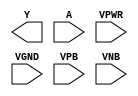
/**
 * Copyright 2020 The SkyWater PDK Authors
 *
 * Licensed under the Apache License, Version 2.0 (the "License");
 * you may not use this file except in compliance with the License.
 * You may obtain a copy of the License at
 *
 *     https://www.apache.org/licenses/LICENSE-2.0
 *
 * Unless required by applicable law or agreed to in writing, software
 * distributed under the License is distributed on an "AS IS" BASIS,
 * WITHOUT WARRANTIES OR CONDITIONS OF ANY KIND, either express or implied.
 * See the License for the specific language governing permissions and
 * limitations under the License.
 *
 * SPDX-License-Identifier: Apache-2.0
 */

`ifndef SKY130_FD_SC_LS__CLKDLYINV5SD2_PP_BLACKBOX_V
`define SKY130_FD_SC_LS__CLKDLYINV5SD2_PP_BLACKBOX_V

/**
 * clkdlyinv5sd2: Clock Delay Inverter 5-stage 0.25um length inner
 *                stage gate.
 *
 * Verilog stub definition (black box with power pins).
 *
 * WARNING: This file is autogenerated, do not modify directly!
 */

`timescale 1ns / 1ps
`default_nettype none

(* blackbox *)
module sky130_fd_sc_ls__clkdlyinv5sd2 (
    Y   ,
    A   ,
    VPWR,
    VGND,
    VPB ,
    VNB
);

    output Y   ;
    input  A   ;
    input  VPWR;
    input  VGND;
    input  VPB ;
    input  VNB ;
endmodule

`default_nettype wire
`endif  // SKY130_FD_SC_LS__CLKDLYINV5SD2_PP_BLACKBOX_V